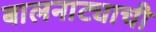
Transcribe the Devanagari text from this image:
बालनाट्याची